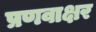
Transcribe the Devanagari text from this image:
प्रणवाक्षर